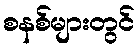
စနစ်များတွင်